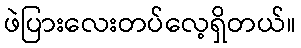
ဖဲပြားလေးတပ်လေ့ရှိတယ်။